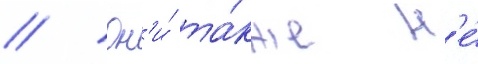
// Он'и́ та́кже н'е́